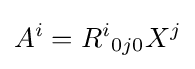
A^{i}={R^{i}}_{0j0}X^{j}